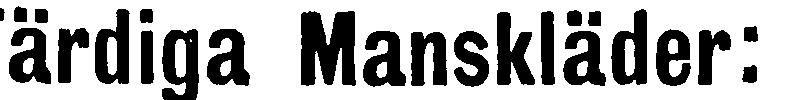
ärdiga Manskläder: